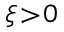
\xi \! > \! 0